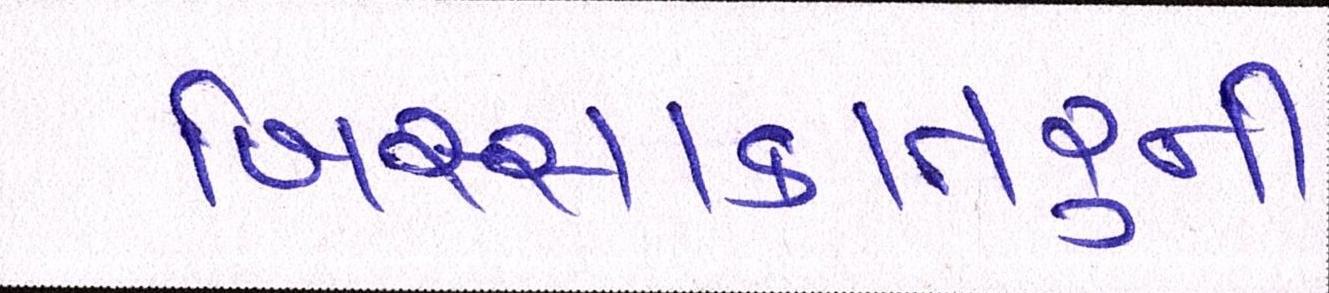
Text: ખિસ્સાકાતરુની